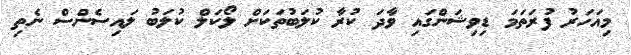
މިއަހަރު ފުރަތަމަ ޑިވިޝަންގައި ވާދަ ކުރާ ކުލަބުތަކަށް ލޯކަލް ކުލަބު ލައިސެންސް ނެތި